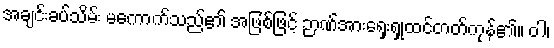
အချင်းခပ်သိမ်း မကောက်သည်၏ အဖြစ်ဖြင့် ဉာဏ်အားရှေးရှုထင်တတ်ကုန်၏။ ဝါ၊